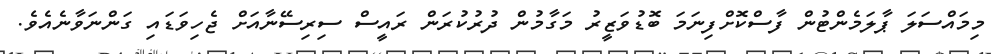
މިމައްސަލަ ޕާލަމެންޓުން ފާސްކޮށްފިނަމަ ބޮޑުވަޒީރު މަގާމުން ދުރުކުރަން ރައީސް ސިރިސޭނާއަށް ޖެހިވަޑައި ގަންނަވާނެއެވެ.